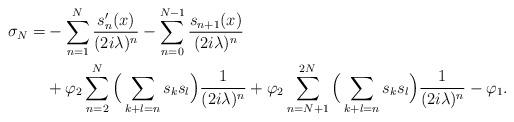
LaTeX: \begin{align*}\sigma_N=& -\sum_{n=1}^N\frac{s'_n(x)}{(2i\lambda)^n}- \sum_{n=0}^{N-1}\frac{s_{n+1}(x)}{(2i\lambda)^n} \\& + \varphi_2\sum_{n=2}^N\Big(\sum_{k+ l=n}s_ks_l\Big)\frac{1}{(2i\lambda)^n} + \varphi_2 \sum_{n=N+1}^{2N}\Big(\sum_{k+l= n}s_ks_l\Big) \frac{1}{(2i\lambda)^n}-\varphi_1.\end{align*}